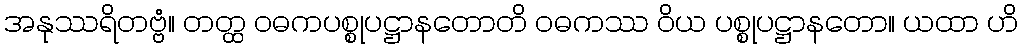
အနုဿရိတဗ္ဗံ။ တတ္ထ ဝဓကပစ္စုပဋ္ဌာနတောတိ ဝဓကဿ ဝိယ ပစ္စုပဋ္ဌာနတော။ ယထာ ဟိ